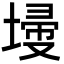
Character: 𡎹